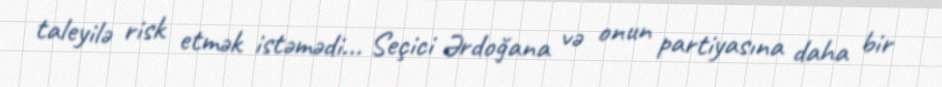
taleyilə risk etmək istəmədi... Seçici Ərdoğana və onun partiyasına daha bir